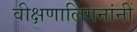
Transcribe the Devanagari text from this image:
वीक्षणालिंगनांनीं